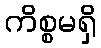
ကိစ္စမရှိ